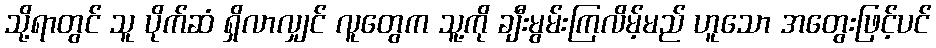
သို့ရာတွင် သူ ပိုက်ဆံ ရှိလာလျှင် လူတွေက သူ့ကို ချီးမွမ်းကြလိမ့်မည် ဟူသော အတွေးဖြင့်ပင်